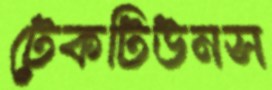
টেকটিউনস